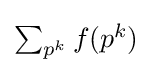
{\textstyle \sum _{p^{k}}f(p^{k})}